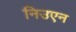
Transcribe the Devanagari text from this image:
निउएन